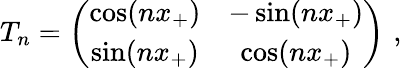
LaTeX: T_{n}=\left(\begin{array}{cc}{{\cos(nx_{+})}}&{{-\sin(nx_{+})}}\\ {{\sin(nx_{+})}}&{{\cos(nx_{+})}}\end{array}\right)\, \, ,